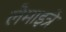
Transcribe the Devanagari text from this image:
लेमाइत्रे